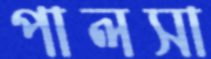
পালসা